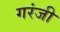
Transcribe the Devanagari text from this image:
गरंजी